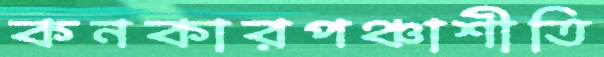
কনকারপঞ্চাশীতি